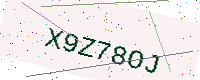
Text: X9Z78OJ